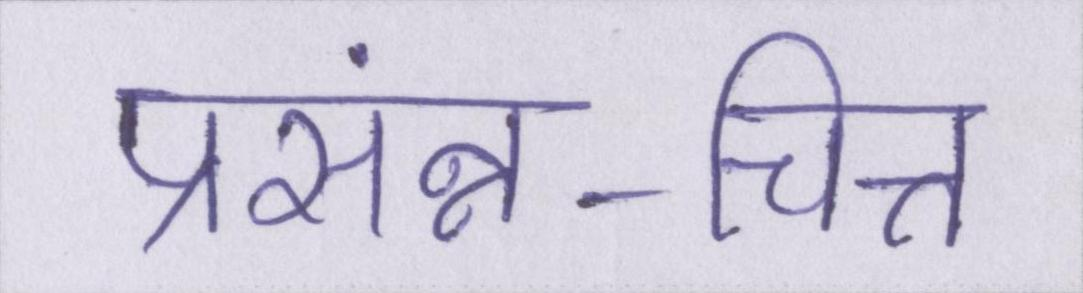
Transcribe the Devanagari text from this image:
प्रसंन्न-चित्त